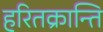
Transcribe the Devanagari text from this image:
हरितक्रान्ति